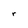
Character: r